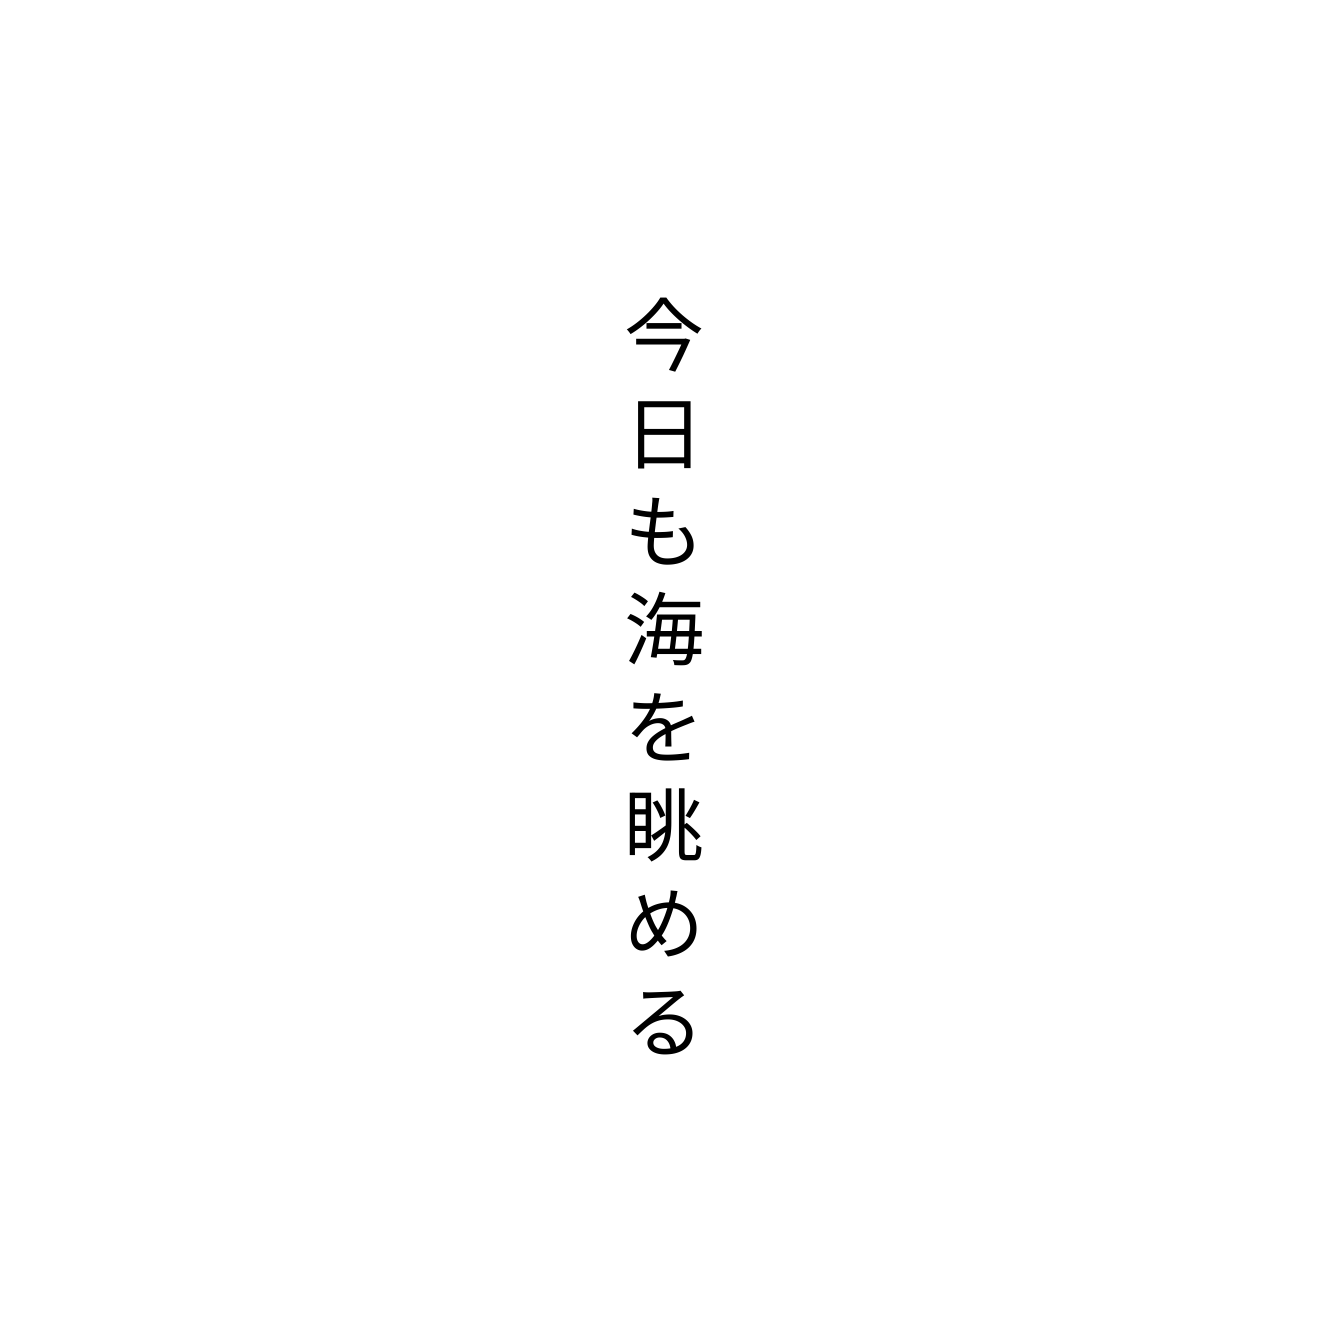
今日も海を眺める